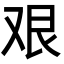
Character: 艰